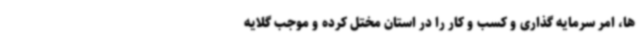
ها، امر سرمایه گذاری و کسب و کار را در استان مختل کرده و موجب گلایه